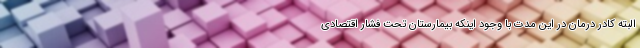
البته کادر درمان در این مدت با وجود اینکه بیمارستان تحت فشار اقتصادی